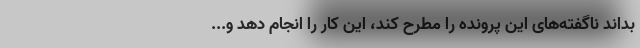
بداند ناگفته‌های این پرونده را مطرح کند، این کار را انجام دهد و...